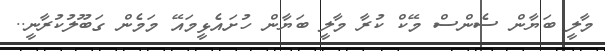
މާލީ ބަޔާން ސެންސް މޭކް ކުރާ މާލީ ބަޔާން ހުށައެޅީމައޭ މަމެން ގަބޫލުކުރާނީ..